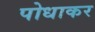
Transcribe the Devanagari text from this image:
पोधाकर